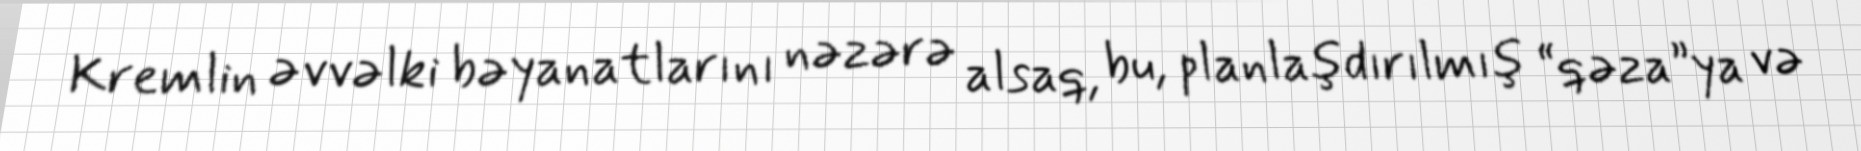
Kremlin əvvəlki bəyanatlarını nəzərə alsaq, bu, planlaşdırılmış “qəza”ya və